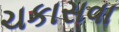
ચકાસવા